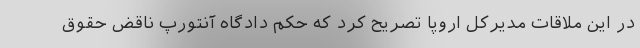
در این ملاقات مدیرکل اروپا تصریح کرد که حکم دادگاه آنتورپ ناقض حقوق